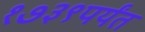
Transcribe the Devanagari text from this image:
१७३९पर्यंत